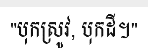
"បុកស្រូវ, បុកដី។"